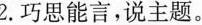
2.巧思能言，说主题。